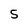
Character: 5